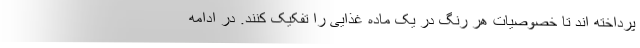
پرداخته اند تا خصوصیات هر رنگ در یک ماده غذایی را تفکیک کنند. در ادامه